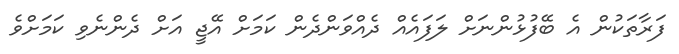
ފަރާތަކުން އެ ބޭފުޅުންނަށް ލަފައެއް ދެއްވަންދެން ކަމަށް އޭޖީ އަށް ދެންނެވި ކަމަށްވެ